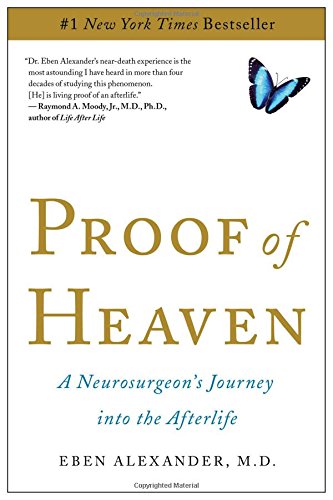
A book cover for Proof of Heaven: A Neurosurgeon's Journey into the Afterlife; Eben Alexander; Medical Books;